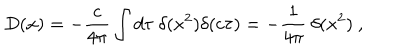
D ( x ) = - { \frac { c } { 4 \pi } } \int d \tau \ \delta ( x ^ { 2 } ) \delta ( c \tau ) = - { \frac { 1 } { 4 \pi } } \ \delta ( x ^ { 2 } ) \ ,